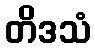
တိဒသံ